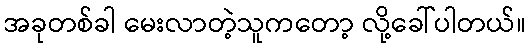
အခုတစ်ခါ မေးလာတဲ့သူကတော့ လို့ခေါ်ပါတယ်။